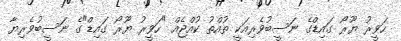
ހަވީރު ޔޫރޯ ގައިޑްގެ ނަސީބުވެރިއަކީ ތުއްތު ކުއްޖެއް "ހަވީރު ޔޫރޯ ގައިޑް"ގެ ނަސީބުވެރިޔާ